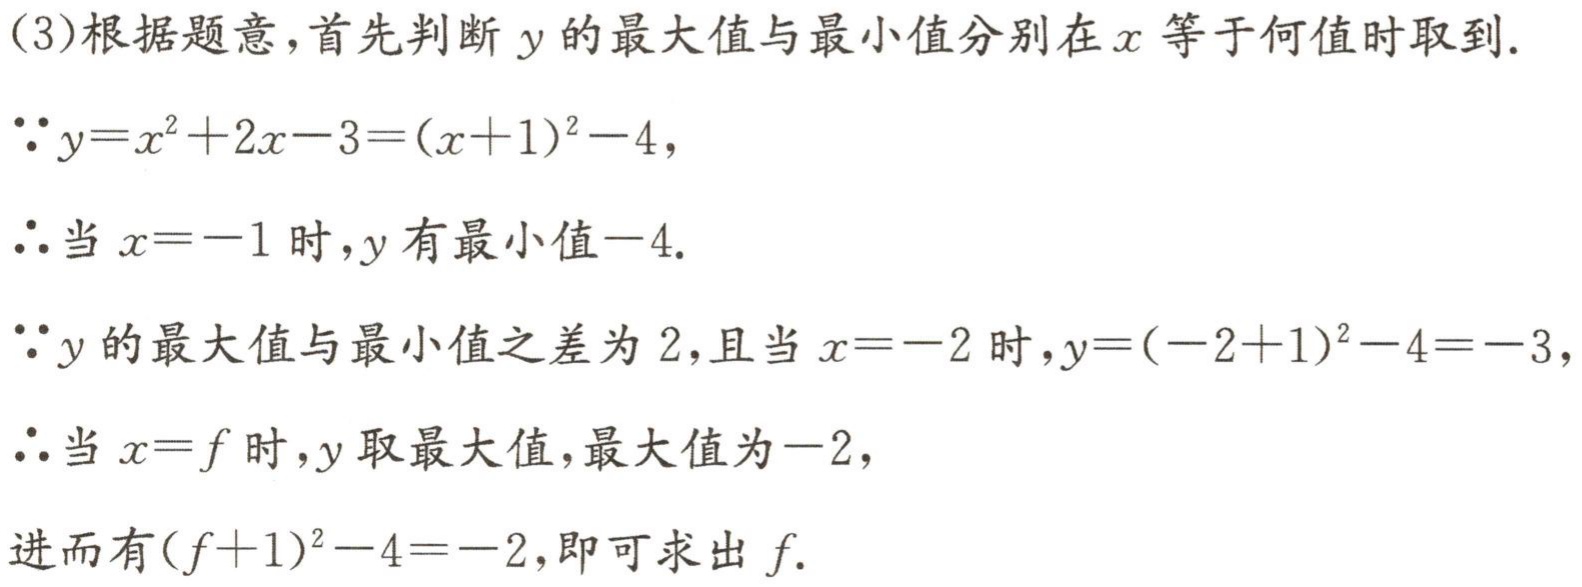
(3)根据题意，首先判断 \(y\) 的最大值与最小值分别在 \(x\) 等于何值时取到.

\(\because y = x^{2}+2x - 3=(x + 1)^{2}-4\)，

\(\therefore\)当 \(x=-1\) 时，\(y\) 有最小值 \(-4\).

\(\because y\) 的最大值与最小值之差为 \(2\)，且当 \(x = - 2\) 时，\(y=(-2 + 1)^{2}-4=-3\)，

\(\therefore\)当 \(x = f\) 时，\(y\) 取最大值，最大值为 \(-2\)，

\(\therefore\)进而有 \((f + 1)^{2}-4=-2\)，即可求出 \(f\).